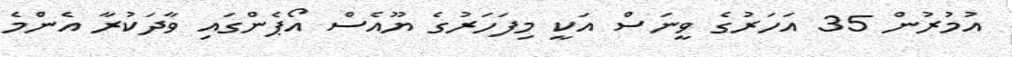
އުމުރުން 35 އަހަރުގެ ވީނަސް އަކީ މިފަހަރުގެ ޔޫއެސް އޯޕެންގައި ވާދަކުރާ އެންމެ